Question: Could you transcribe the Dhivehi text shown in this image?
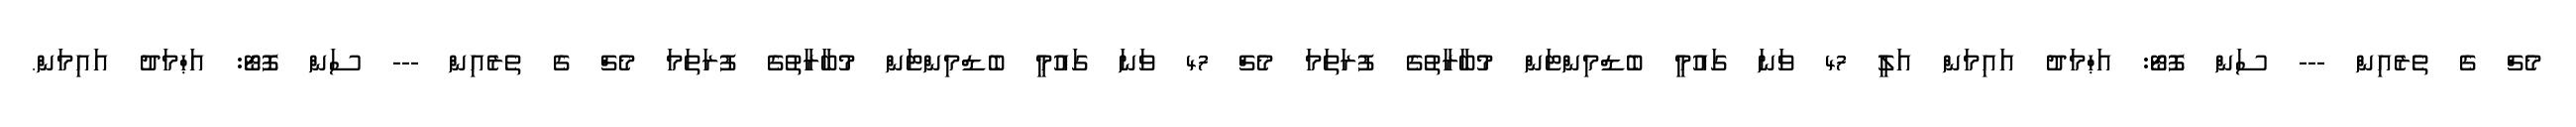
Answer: މެޗް ގެ ތެރެއިން --- ސަން ފޮޓޯ: އަޙްމަދު އައިމަން އަލީ 47 ވަނަ ގައުމީ ބެޑްމިންޓަން މުބާރާތުގެ ފުރަތަމަ މެޗް 47 ވަނަ ގައުމީ ބެޑްމިންޓަން މުބާރާތުގެ ފުރަތަމަ މެޗް ގެ ތެރެއިން --- ސަން ފޮޓޯ: އަޙްމަދު އައިމަން.